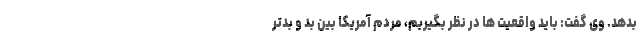
بدهد. وی گفت: باید واقعیت ها در نظر بگیریم، مردم آمریکا بین بد و بدتر